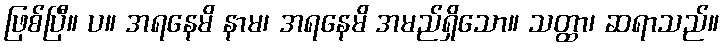
ဖြစ်ပြီ။ ပ။ အရနေမိ နာမ၊ အရနေမိ အမည်ရှိသော။ သတ္ထာ၊ ဆရာသည်။